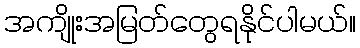
အကျိုးအမြတ်တွေရနိုင်ပါမယ်။